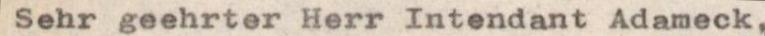
Sehr geehrter Herr Intendant Adameck,